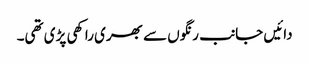
دائیں جانب رنگوں سے بھری راکھی پڑی تھی۔